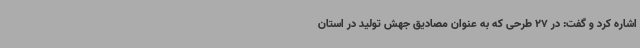
اشاره کرد و گفت: در 27 طرحی که به عنوان مصادیق جهش تولید در استان